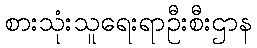
စားသုံးသူရေးရာဦးစီးဌာန